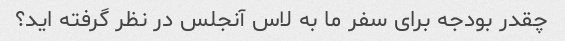
چقدر بودجه برای سفر ما به لاس آنجلس در نظر گرفته اید؟